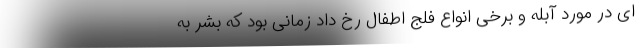
ای در مورد آبله و برخی انواع فلج اطفال رخ داد زمانی بود که بشر به